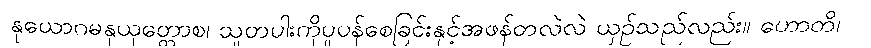
နုယောဂမနုယုတ္တောစ၊ သူတပါးကိုပူပန်စေခြင်းနှင့်အဖန်တလဲလဲ ယှဉ်သည်လည်း။ ဟောတိ၊